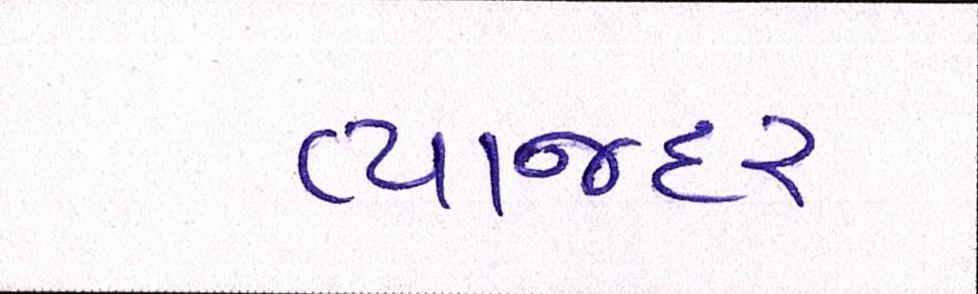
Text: વ્યાજદર